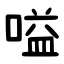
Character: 嗌